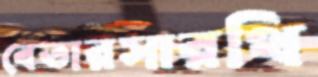
বেতারসারথি